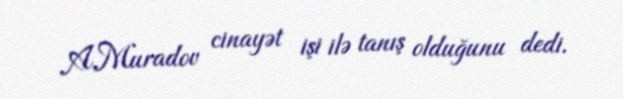
A.Muradov cinayət işi ilə tanış olduğunu dedi.